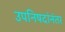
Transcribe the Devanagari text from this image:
उपनिषदांनंतर